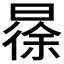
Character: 𣉹